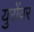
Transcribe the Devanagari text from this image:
युरोंवर